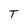
Character: T